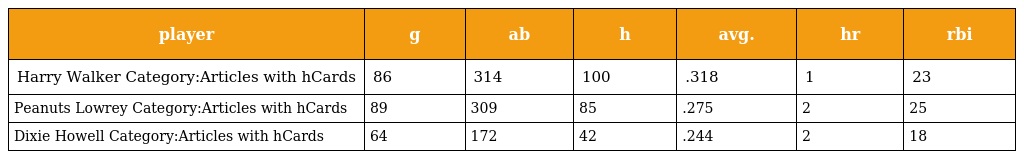
| player | g | ab | h | avg. | hr | rbi |
 | --- | --- | --- | --- | --- | --- | --- |
 | Harry Walker Category:Articles with hCards | 86 | 314 | 100 | .318 | 1 | 23 |
 | Peanuts Lowrey Category:Articles with hCards | 89 | 309 | 85 | .275 | 2 | 25 |
 | Dixie Howell Category:Articles with hCards | 64 | 172 | 42 | .244 | 2 | 18 |